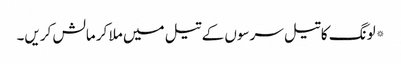
*لونگ کا تیل سرسوں کے تیل میں ملا کر مالش کریں۔